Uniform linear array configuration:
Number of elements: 32
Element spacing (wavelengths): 0.5
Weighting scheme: hamming
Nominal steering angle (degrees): -60
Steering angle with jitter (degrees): -59.589
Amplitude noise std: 0.05
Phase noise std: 0.05

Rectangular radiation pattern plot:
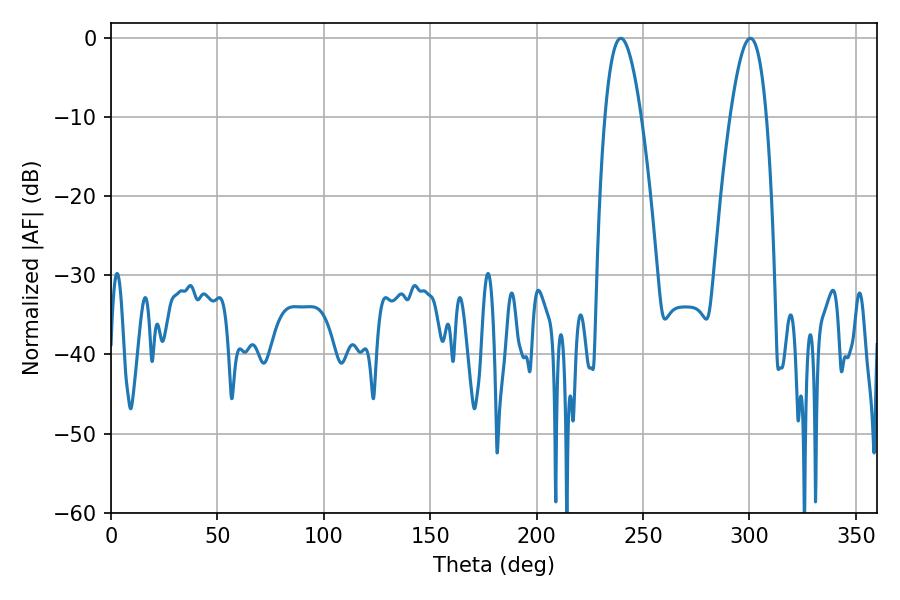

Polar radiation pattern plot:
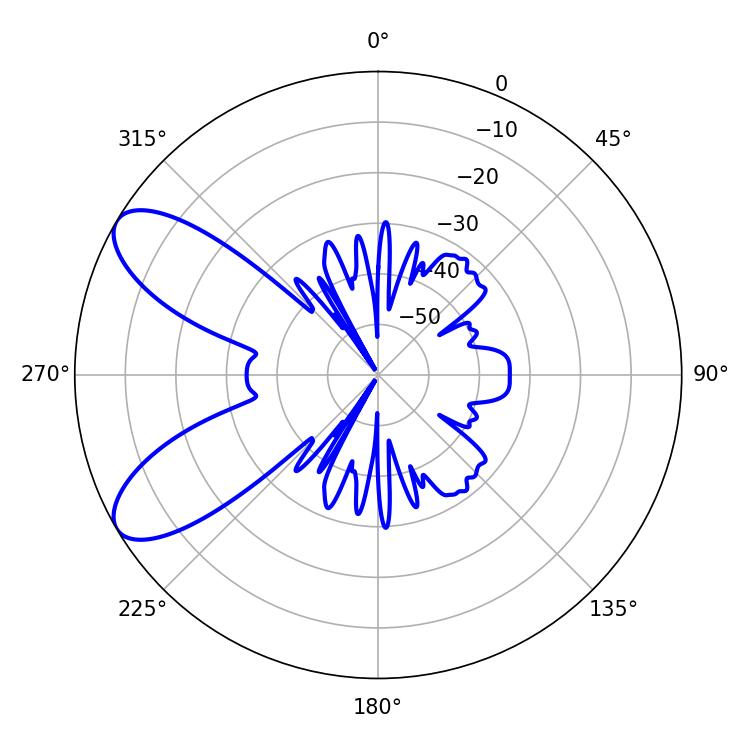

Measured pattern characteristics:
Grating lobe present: FALSE
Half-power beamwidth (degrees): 9.18
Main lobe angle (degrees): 239.58